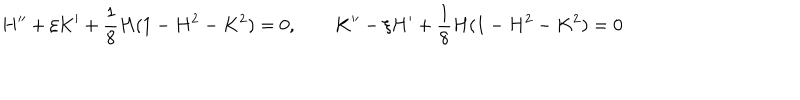
LaTeX: H ^ { \prime \prime } + \xi K ^ { \prime } + \frac 1 8 H ( 1 - H ^ { 2 } - K ^ { 2 } ) = 0 , \qquad K ^ { \prime \prime } - \xi H ^ { \prime } + \frac 1 8 H ( 1 - H ^ { 2 } - K ^ { 2 } ) = 0